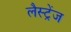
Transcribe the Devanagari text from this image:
लैस्ट्रेंज